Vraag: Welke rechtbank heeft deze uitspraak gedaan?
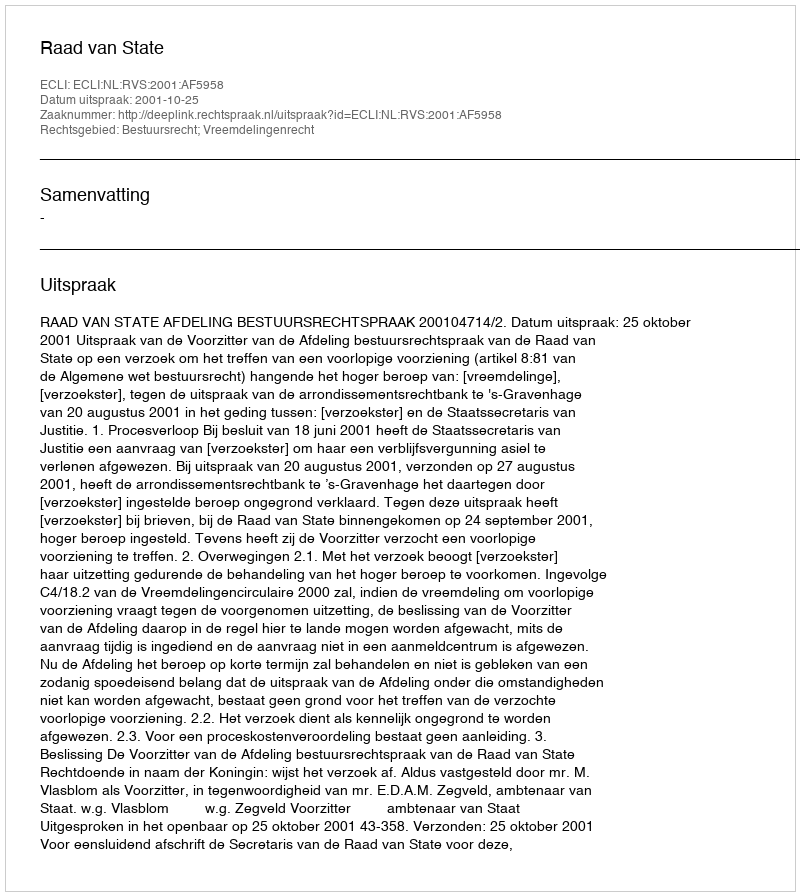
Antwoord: Raad van State